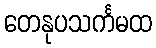
တေနုပသင်္ကမထ